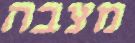
מצבה